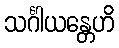
သင်္ဂါယန္တေဟိ